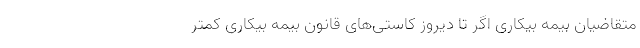
متقاضیان بیمه بیکاری اگر تا دیروز کاستی‌های قانون بیمه بیکاری کمتر